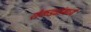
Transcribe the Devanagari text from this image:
शेकड्यांमध्ये